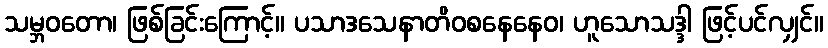
သမ္ဘဝတော၊ ဖြစ်ခြင်းကြောင့်။ ပသာဒသေနာတိဝစနေနေဝ၊ ဟူသောသဒ္ဒါ ဖြင့်ပင်လျှင်။